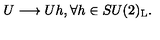
U \longrightarrow U h , \forall h \in S U ( 2 ) _ { \mathrm { L } } .